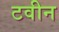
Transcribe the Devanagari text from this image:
टवीन